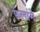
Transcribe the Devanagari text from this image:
फ़लांगे